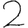
Digit: 2